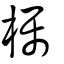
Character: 欘